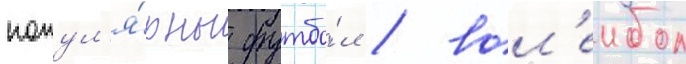
попул'я́рны футбо́л / вол'еибол